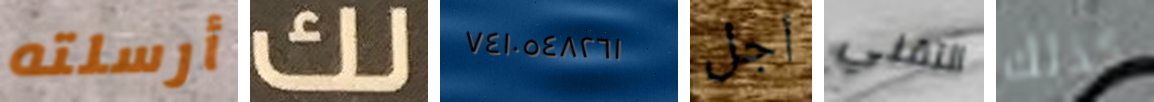
أرسلته لك ٧٤١٠٥٤٨٢٦١ أجل التقني كذلك